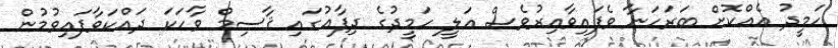
ހަމީދު އެއްކޮށް ބަރަހަނާ ވެފައިވާއިރުވެސް އަލީ ހަމީދުގެ ދިފާޢުގައި ޤާސިމް ވާހަކަ ދައްކަވާފައިވުމުން